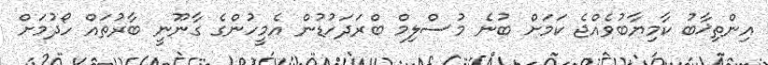
އިންތިޚާބު ކާމިޔާބުވެއްޖެ ކަމަށް ބުނެ މުސްލިމް ބްރަދަހުޑުން އެމީހުންގެ ގާނޫނީ ބާރުތައް ހޯދުމަށް